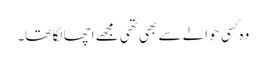
وہ کِسی حوالے سے بھی تھی مجھے اچھا لگا تھا۔